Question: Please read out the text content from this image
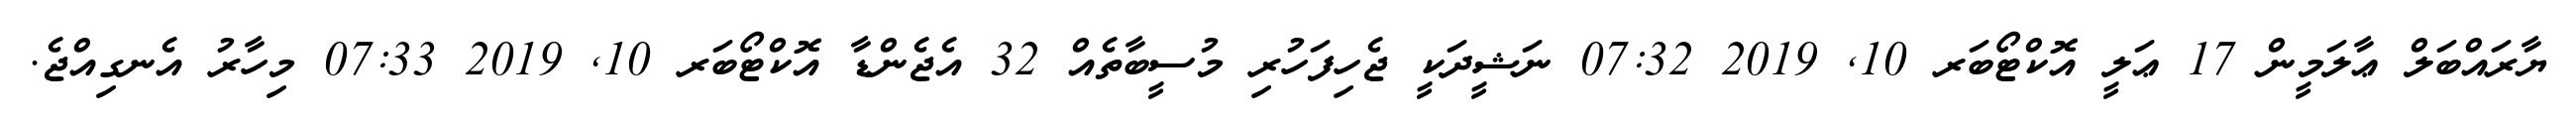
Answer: ޔާރައްބަލް ޢާލަމީން 17 ޢަލީ އޮކްޓޯބަރ 10, 2019 07:32 ނަޝީދަކީ ޖެހިފަހުރި މުސީބާތެއް 32 އެޖެންޑާ އޮކްޓޯބަރ 10, 2019 07:33 މިހާރު އެނގިއްޖެ.